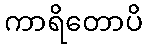
ကာရိတောပိ